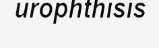
urophthisis